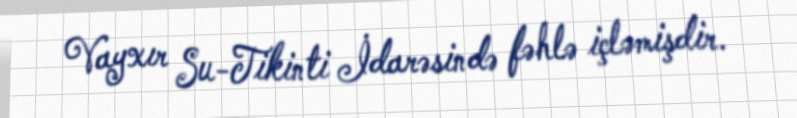
Vayxır Su-Tikinti İdarəsində fəhlə içləmişdir.